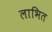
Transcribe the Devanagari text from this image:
लाभित